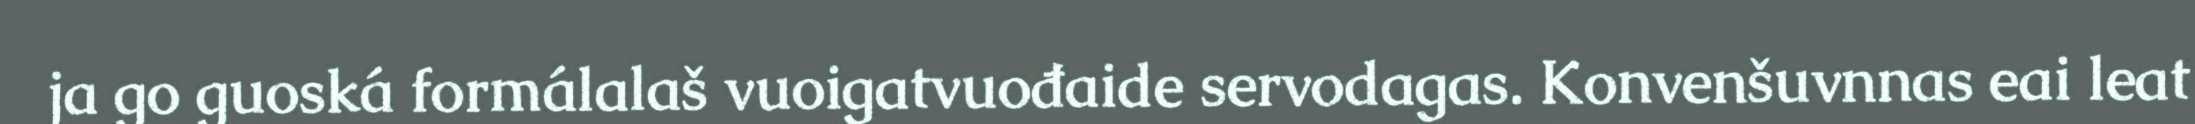
ja go guoská formálalaš vuoigatvuođaide servodagas. Konvenšuvnnas eai leat